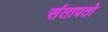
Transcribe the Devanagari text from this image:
संतापतो